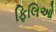
ફિલિઓ